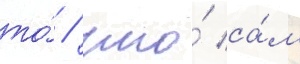
то́ / что́ са́м